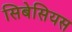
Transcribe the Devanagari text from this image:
सिबेसियस